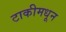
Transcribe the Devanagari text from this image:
टाकीमधून